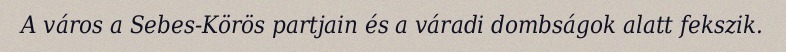
A város a Sebes-Körös partjain és a váradi dombságok alatt fekszik.